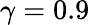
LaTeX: \gamma=0.9